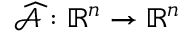
\widehat { \mathcal { A } } : \mathbb { R } ^ { n } \to \mathbb { R } ^ { n }